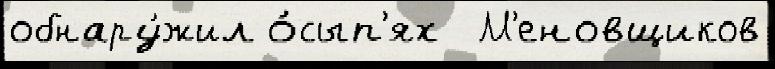
обнару́жил о́сып'ях  М'еновщиков